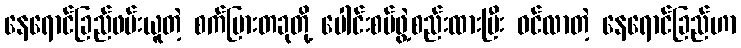
နေရောင်ခြည်ဖမ်းယူတဲ့ စက်ပြားတခုတို့ ပေါင်းစပ်ဖွဲ့စည်းထားပြီး ဝင်လာတဲ့ နေရောင်ခြည်ဟာ